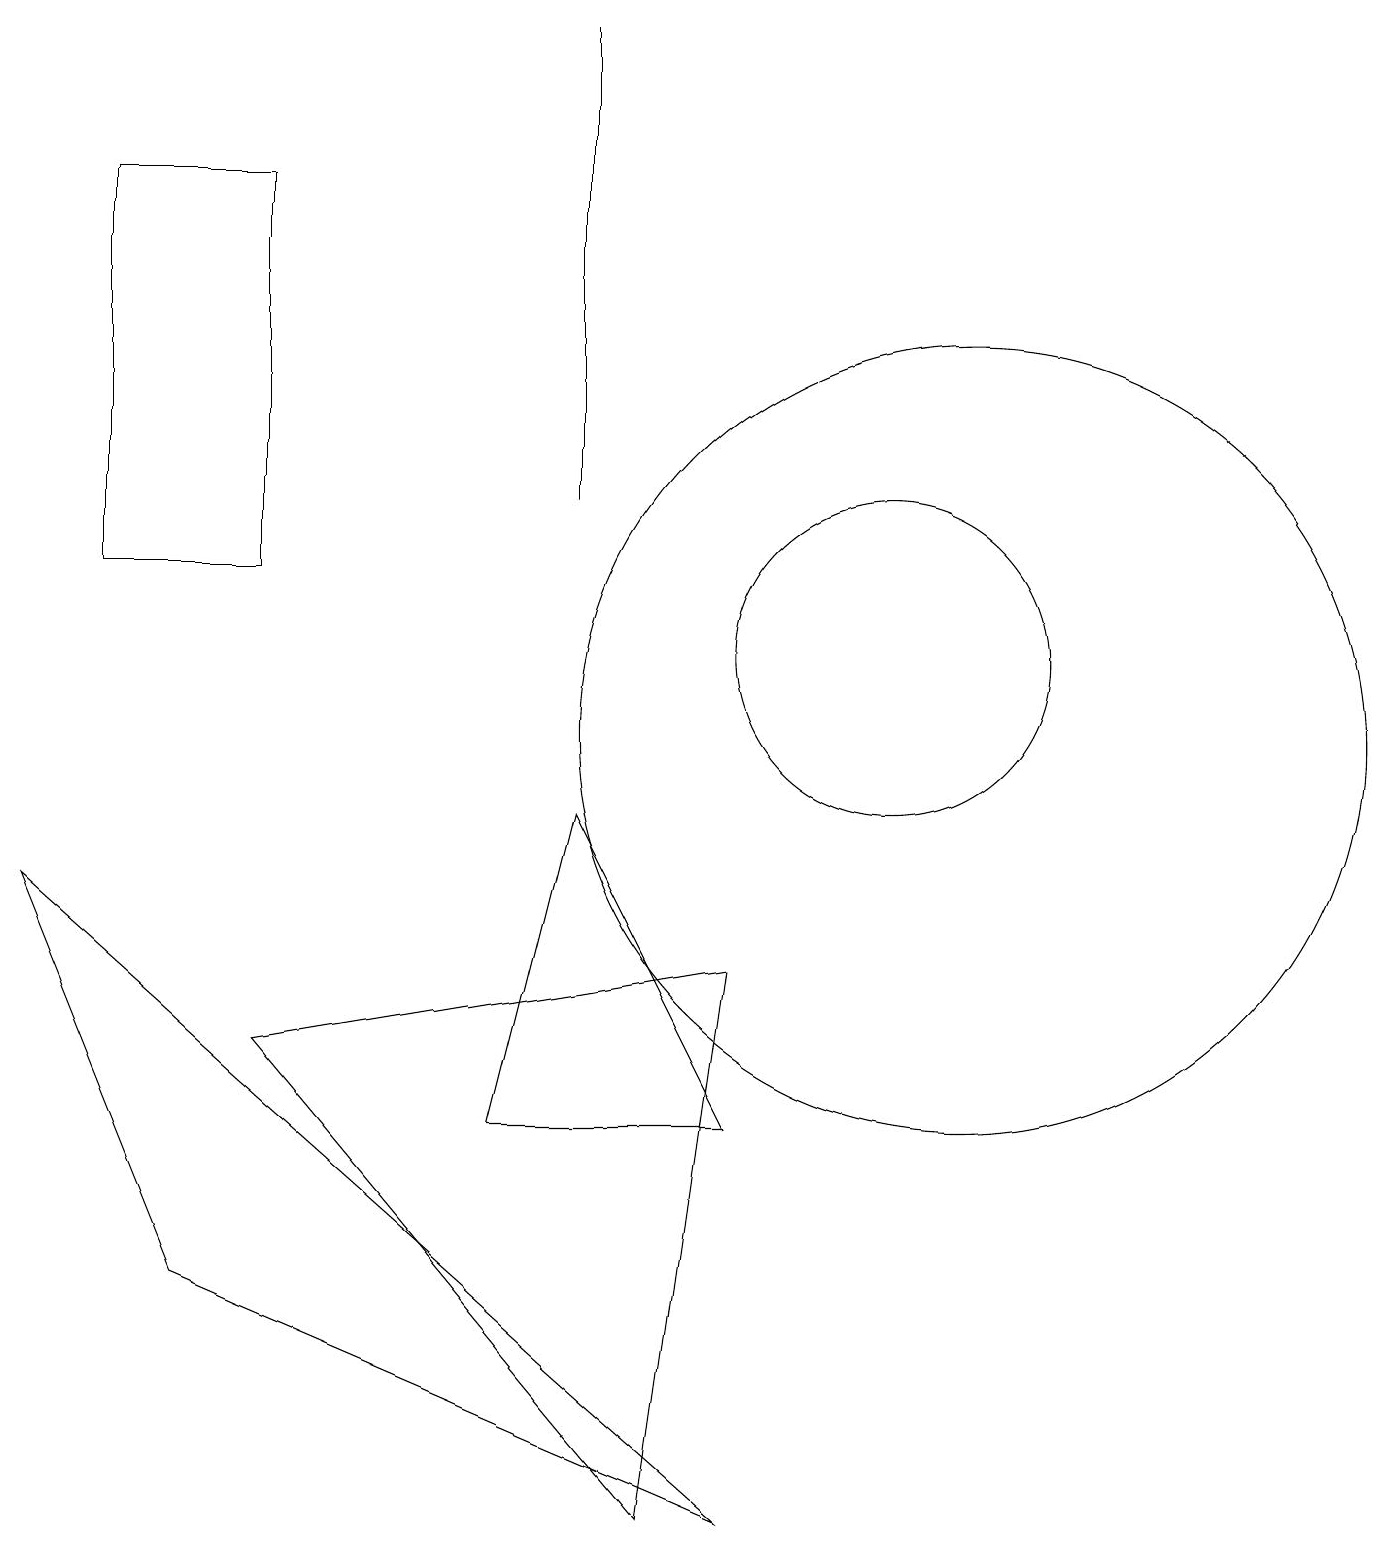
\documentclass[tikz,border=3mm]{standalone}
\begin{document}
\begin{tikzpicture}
\draw (7,13) rectangle (7,19);
\draw (12,10) circle (5);
\draw (11,11) circle (2);
\draw (9,5) -- (6,5) -- (7,9) -- cycle;
\draw (3,6) -- (9,7) -- (8,0) -- cycle;
\draw (3,17) rectangle (1,12);
\draw (2,3) -- (9,0) -- (0,8) -- cycle;
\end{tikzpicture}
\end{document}